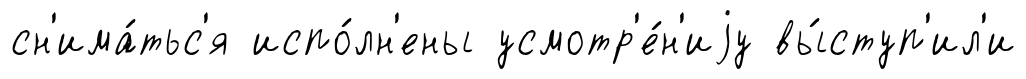
сн'има́тьс'я испо́лн'ены усмотр'е́н'иjу вы́ступ'ил'и